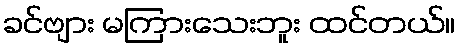
ခင်ဗျား မကြားသေးဘူး ထင်တယ်။